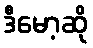
ဒီမော့ဆို